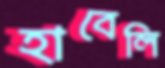
হাবেলি